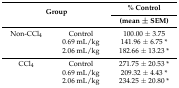
<table><thead><tr><td rowspan="2" colspan="2"><b>Group</b></td><td><b>% Control</b></td></tr><tr><td><b>(mean ± SEM)</b></td></tr></thead><tbody><tr><td>Non-CCl<sub>4</sub></td><td>Control</td><td>100.00 ± 3.75</td></tr><tr><td></td><td>0.69 mL/kg</td><td>141.96 ± 6.75 *</td></tr><tr><td></td><td>2.06 mL/kg</td><td>182.66 ± 13.23 *</td></tr><tr><td>CCl<sub>4</sub></td><td>Control</td><td>271.75 ± 20.53 *</td></tr><tr><td></td><td>0.69 mL/kg</td><td>209.32 ± 4.43 *</td></tr><tr><td></td><td>2.06 mL/kg</td><td>234.25 ± 20.80 *</td></tr></tbody></table>